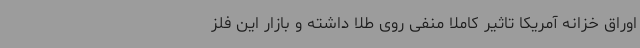
اوراق خزانه آمریکا تاثیر کاملا منفی روی طلا داشته و بازار این فلز